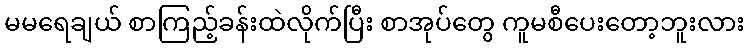
မမရေချယ် စာကြည့်ခန်းထဲလိုက်ပြီး စာအုပ်တွေ ကူမစီပေးတော့ဘူးလား